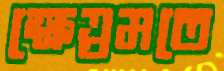
ক্ষেত্রমতে